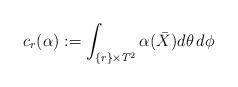
LaTeX: \begin{align*} c_r(\alpha) := \int_{\{r\}\times T^2}\alpha(\bar X)d\theta\,d\phi\end{align*}